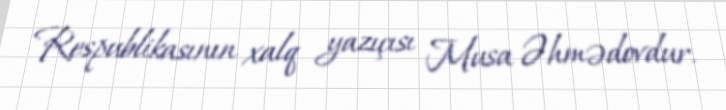
Respublikasının xalq yazıçısı Musa Əhmədovdur.